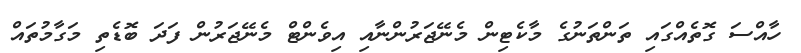
ހާއްސަ ގޮތެއްގައި ތަންތަނުގެ މާކެޓިން މެނޭޖަރުންނާއި އިވެންޓް މެނޭޖަރުން ފަދަ ބޮޑެތި މަގާމުތައް